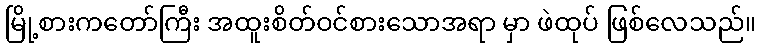
မြို့စားကတော်ကြီး အထူးစိတ်ဝင်စားသောအရာ မှာ ဖဲထုပ် ဖြစ်လေသည်။